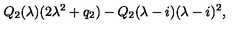
Q _ { 2 } ( \lambda ) ( 2 \lambda ^ { 2 } + q _ { 2 } ) - Q _ { 2 } ( \lambda - i ) ( \lambda - i ) ^ { 2 } ,